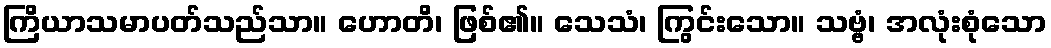
ကြိယာသမာပတ်သည်သာ။ ဟောတိ၊ ဖြစ်၏။ သေသံ၊ ကြွင်းသော။ သဗ္ဗံ၊ အလုံးစုံသော